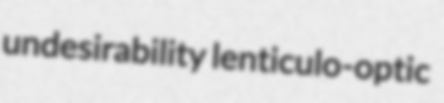
undesirability lenticulo-optic